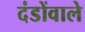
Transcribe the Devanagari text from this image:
दंडोंवाले